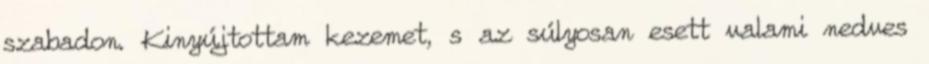
szabadon. Kinyújtottam kezemet, s az súlyosan esett valami nedves